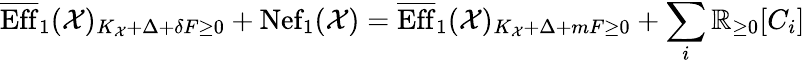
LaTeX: \overline{{\operatorname{Eff}}}_{1}(\mathcal{X})_{K_{\mathcal{X}}+\Delta+\delta F\geq 0}+\operatorname{Nef}_{1}(\mathcal{X})=\overline{{\operatorname{Eff}}}_{1}(\mathcal{X})_{K_{\mathcal{X}}+\Delta+mF\geq 0}+\sum_{i}\mathbb{R}_{\geq 0}[C_{i}]